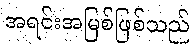
အရင်းအမြစ်ဖြစ်သည်